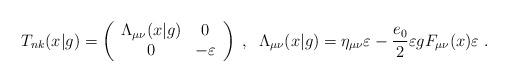
LaTeX: \begin{align*}T_{nk}(x|g)=\left ( \begin{array}{cc} \Lambda_{\mu \nu}(x|g) & 0\\ 0 &-\varepsilon\\ \end{array}\right )\;,\;\;\Lambda_{\mu \nu}(x|g)=\eta_{\mu \nu}\varepsilon-\frac{e_{0}}{2} \varepsilon gF_{\mu \nu}(x)\varepsilon\;.\end{align*}